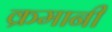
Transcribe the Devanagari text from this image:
क्रमानी